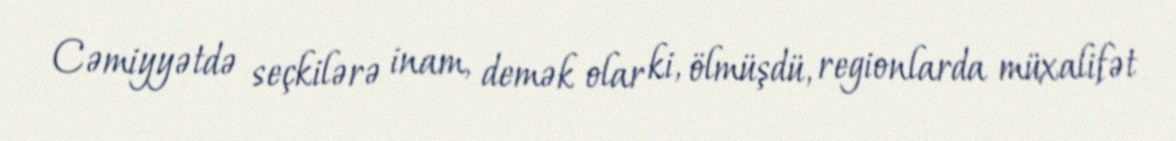
Cəmiyyətdə seçkilərə inam, demək olar ki, ölmüşdü, regionlarda müxalifət